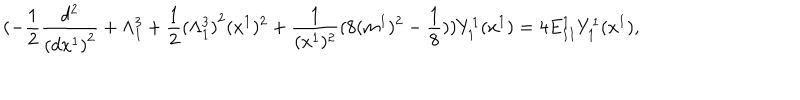
LaTeX: ( - \frac { 1 } { 2 } \frac { d ^ { 2 } } { { ( d x ^ { 1 } ) } ^ { 2 } } + \Lambda _ { 1 } ^ { 3 } + \frac { 1 } { 2 } { ( \Lambda _ { 1 } ^ { 3 } ) } ^ { 2 } ( x ^ { 1 } ) ^ { 2 } + \frac { 1 } { ( x ^ { 1 } ) ^ { 2 } } ( 8 ( m ^ { 1 } ) ^ { 2 } - \frac { 1 } { 8 } ) ) Y _ { 1 } ^ { 1 } ( x ^ { 1 } ) = 4 E _ { I I } ^ { 1 } Y _ { 1 } ^ { 1 } ( x ^ { 1 } ) ,